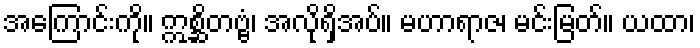
အကြောင်းကို။ ဣစ္ဆိတဗ္ဗံ၊ အလိုရှိအပ်။ မဟာရာဇ၊ မင်းမြတ်။ ယထာ၊